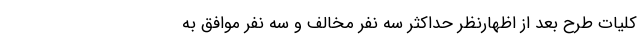
کلیات طرح بعد از اظهارنظر حداکثر سه‌ نفر مخالف و سه ‌نفر موافق به